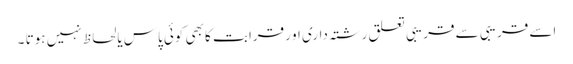
اسے قریبی سے قریبی تعلق رشتہ داری او رقرابت کا بھی کوئی پاس یالحاظ نہیں ہوتا ۔